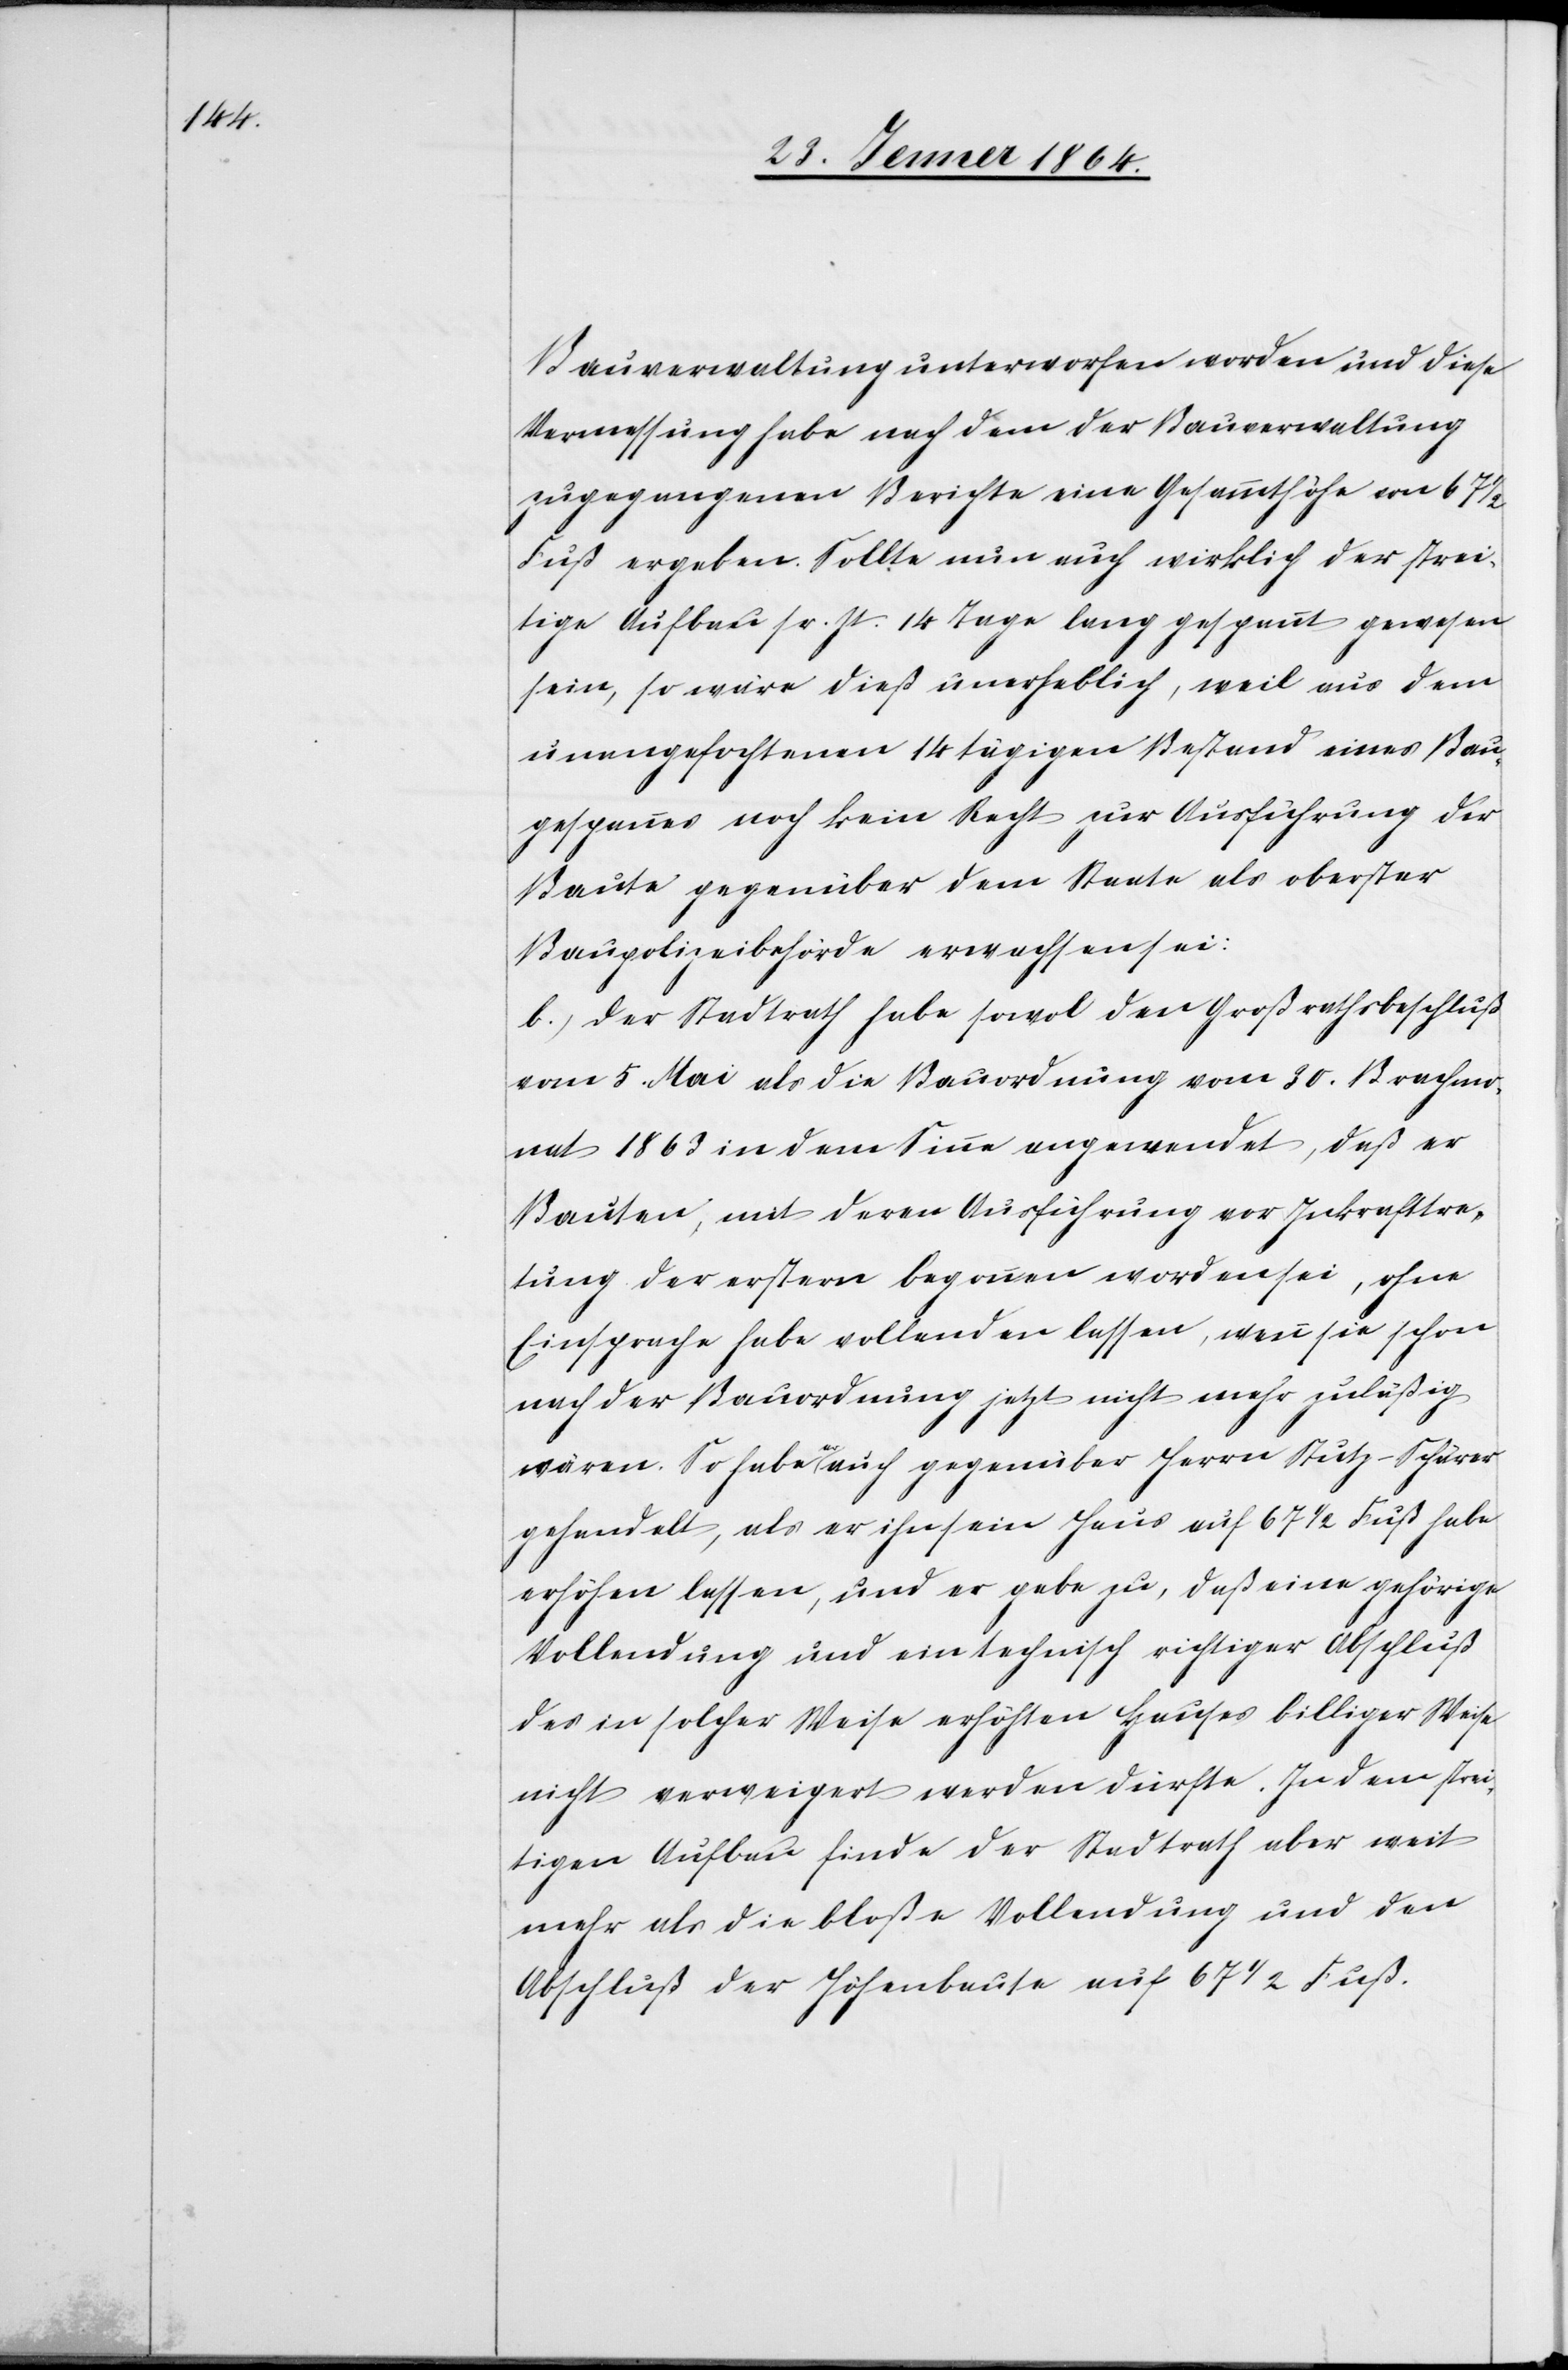
Bauverwaltung unterworfen worden und diese
Vermessung habe nach dem der Bauverwaltung
zugegangenen Berichte eine Gesammthöhe von 67
Fuß ergeben. Sollte nun auch wirklich der strei¬
tige Aufbau sr. Zt. 14 Tage lang gespannt gewesen
sein, so wäre dieß unerheblich, weil aus dem
unangefochtenen 14 tägigen Bestand eines Bau¬
gespanns noch kein Recht zur Ausführung der
Baute gegenüber dem Staate als oberster
Baupolizeibehörde erwachsen sei:
b.) Der Stadtrath habe sowol den Großrathsbeschluß
vom 5. Mai als die Bauordnung vom 30. Brachmo¬
nat 1863 in dem Sinne angewendet, daß er
Bauten, mit deren Ausführung vor Inkrafttre¬
tung der erstern begonnen worden sei, ohne
Einsprache habe vollenden lassen, wenn sie schon
nach der Bauordnung jetzt nicht mehr zuläßig
wären. So habe er auch gegenüber Herrn Stutz-Schärer
gehandelt, als er ihn sein Haus auf 67 1/2 Fuß habe
erhöhen lassen, und er gebe zu, daß eine gehörige
Vollendung und ein technisch richtiger Abschluß
des in solcher Weise erhöhten Hauses billiger Weise
nicht verweigert werden dürfte. In dem fer¬
tigen Aufbau finde der Stadtrath aber weit
mehr als die bloße Vollendung und den
Abschluß der Höhenbaute auf 67 1/2 Fuß.